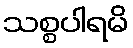
သစ္စပါရမိ